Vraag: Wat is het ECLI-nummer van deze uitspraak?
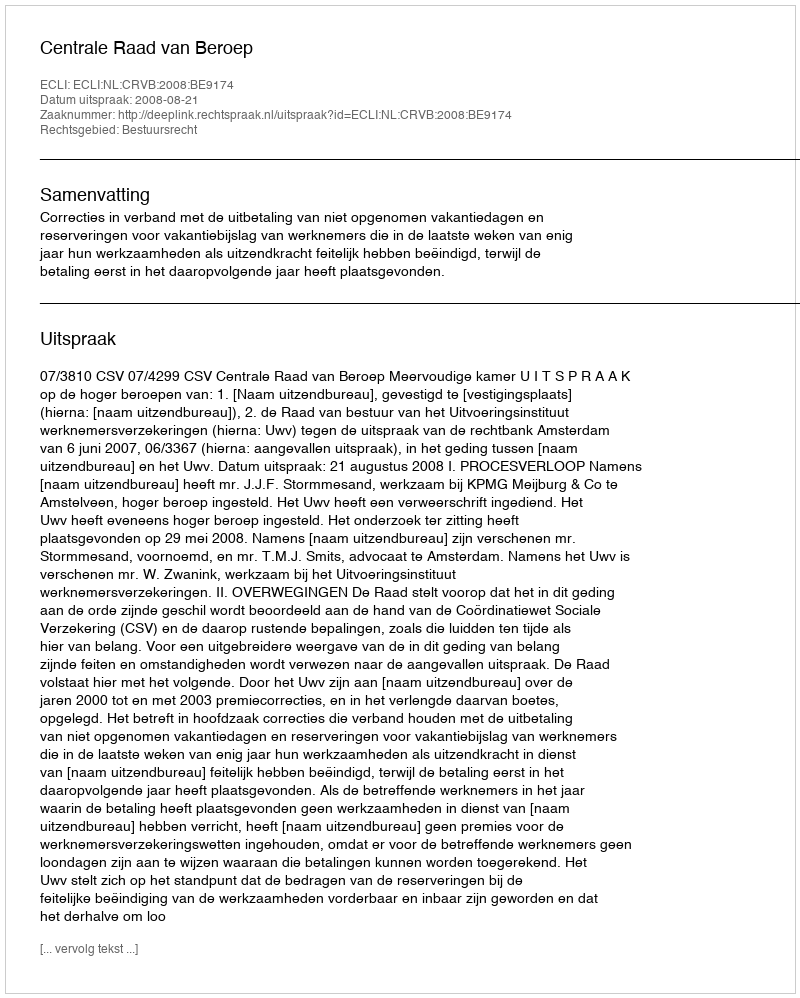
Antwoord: ECLI:NL:CRVB:2008:BE9174